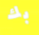
بك